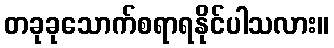
တခုခုသောက်စရာရနိုင်ပါသလား။